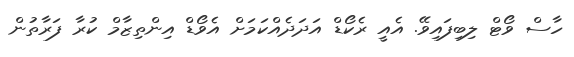
ހާސް ވޯޓް ލިބިފައިވޭ. އެއީ ރެކޯޑް އަދަދެއްކަމަށް އެވޯޑް އިންތިޒާމް ކުރާ ފަރާތުން